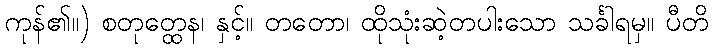
ကုန်၏။) စတုတ္ထေန၊ နှင့်။ တတော၊ ထိုသုံးဆဲ့တပါးသော သင်္ခါရမှ။ ပီတိ